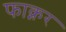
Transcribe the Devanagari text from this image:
फाक्नर